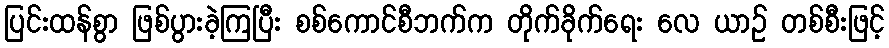
ပြင်းထန်စွာ ဖြစ်ပွားခဲ့ကြပြီး စစ်ကောင်စီဘက်က တိုက်ခိုက်ရေး လေ ယာဉ် တစ်စီးဖြင့်